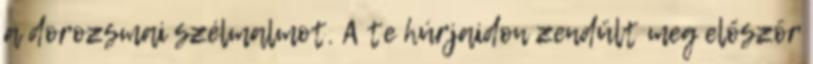
a dorozsmai szélmalmot. A te húrjaidon zendült meg először